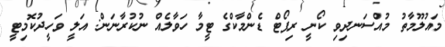
މައުލޫމާތު މުއްސަނދިވި ކޯނީ ރިޕޯޓް ޑެންމާކްގެ ޓީމާ ހަވާލެއް ނުކުރާނަން: އަލީ ވަހީދުކޮމިޓީ